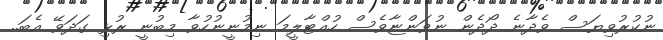
ނުކުރުވިޔަސް ވެދާނެ ދޯދެން ނުވަންޏާވެސް ހުއްޓާލީމަ ނިމުނީނުހުވާ މިބުނީ ރުޅި ގަދަވޭ އެބަ..